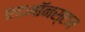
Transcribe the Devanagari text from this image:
एडमॉनस्टन